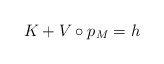
\begin{align*} K+V\circ p_M=h\end{align*}